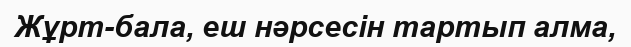
Жұрт-бала, еш нәрсесін тартып алма,